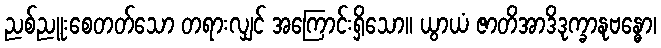
ညစ်ညူးစေတတ်သော တရားလျှင် အကြောင်းရှိသော။ ယွာယံ ဇာတိအာဒိဒုက္ခာနုဗန္ဓော၊